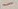
Text: -